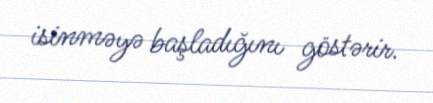
isinməyə başladığını göstərir.